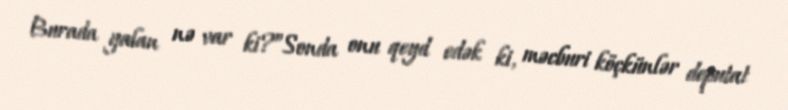
Burada yalan nə var ki?”Sonda onu qeyd edək ki, məcburi köçkünlər deputat